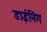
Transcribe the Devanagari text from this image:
डाईनिंग